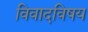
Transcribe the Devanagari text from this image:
विवादविषय